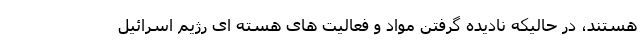
هستند، در حالیکه نادیده گرفتن مواد و فعالیت های هسته ای رژیم اسرائیل